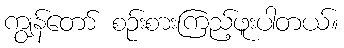
ကျွန်တော် စဉ်းစားကြည့်ဖူးပါတယ်။